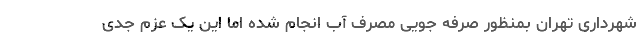
شهرداری تهران بمنظور صرفه جویی مصرف آب انجام شده اما این یک عزم جدی